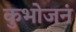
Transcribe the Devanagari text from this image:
कुभोजनं